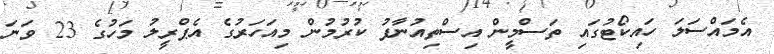
އެމައްސަލަ ހައިކޯޓުގައި ތަސްމީން އިސްތިއުނާފު ކުރުމުން މިއަހަރުގެ އެޕްރީލު މަހުގެ 23 ވަނަ